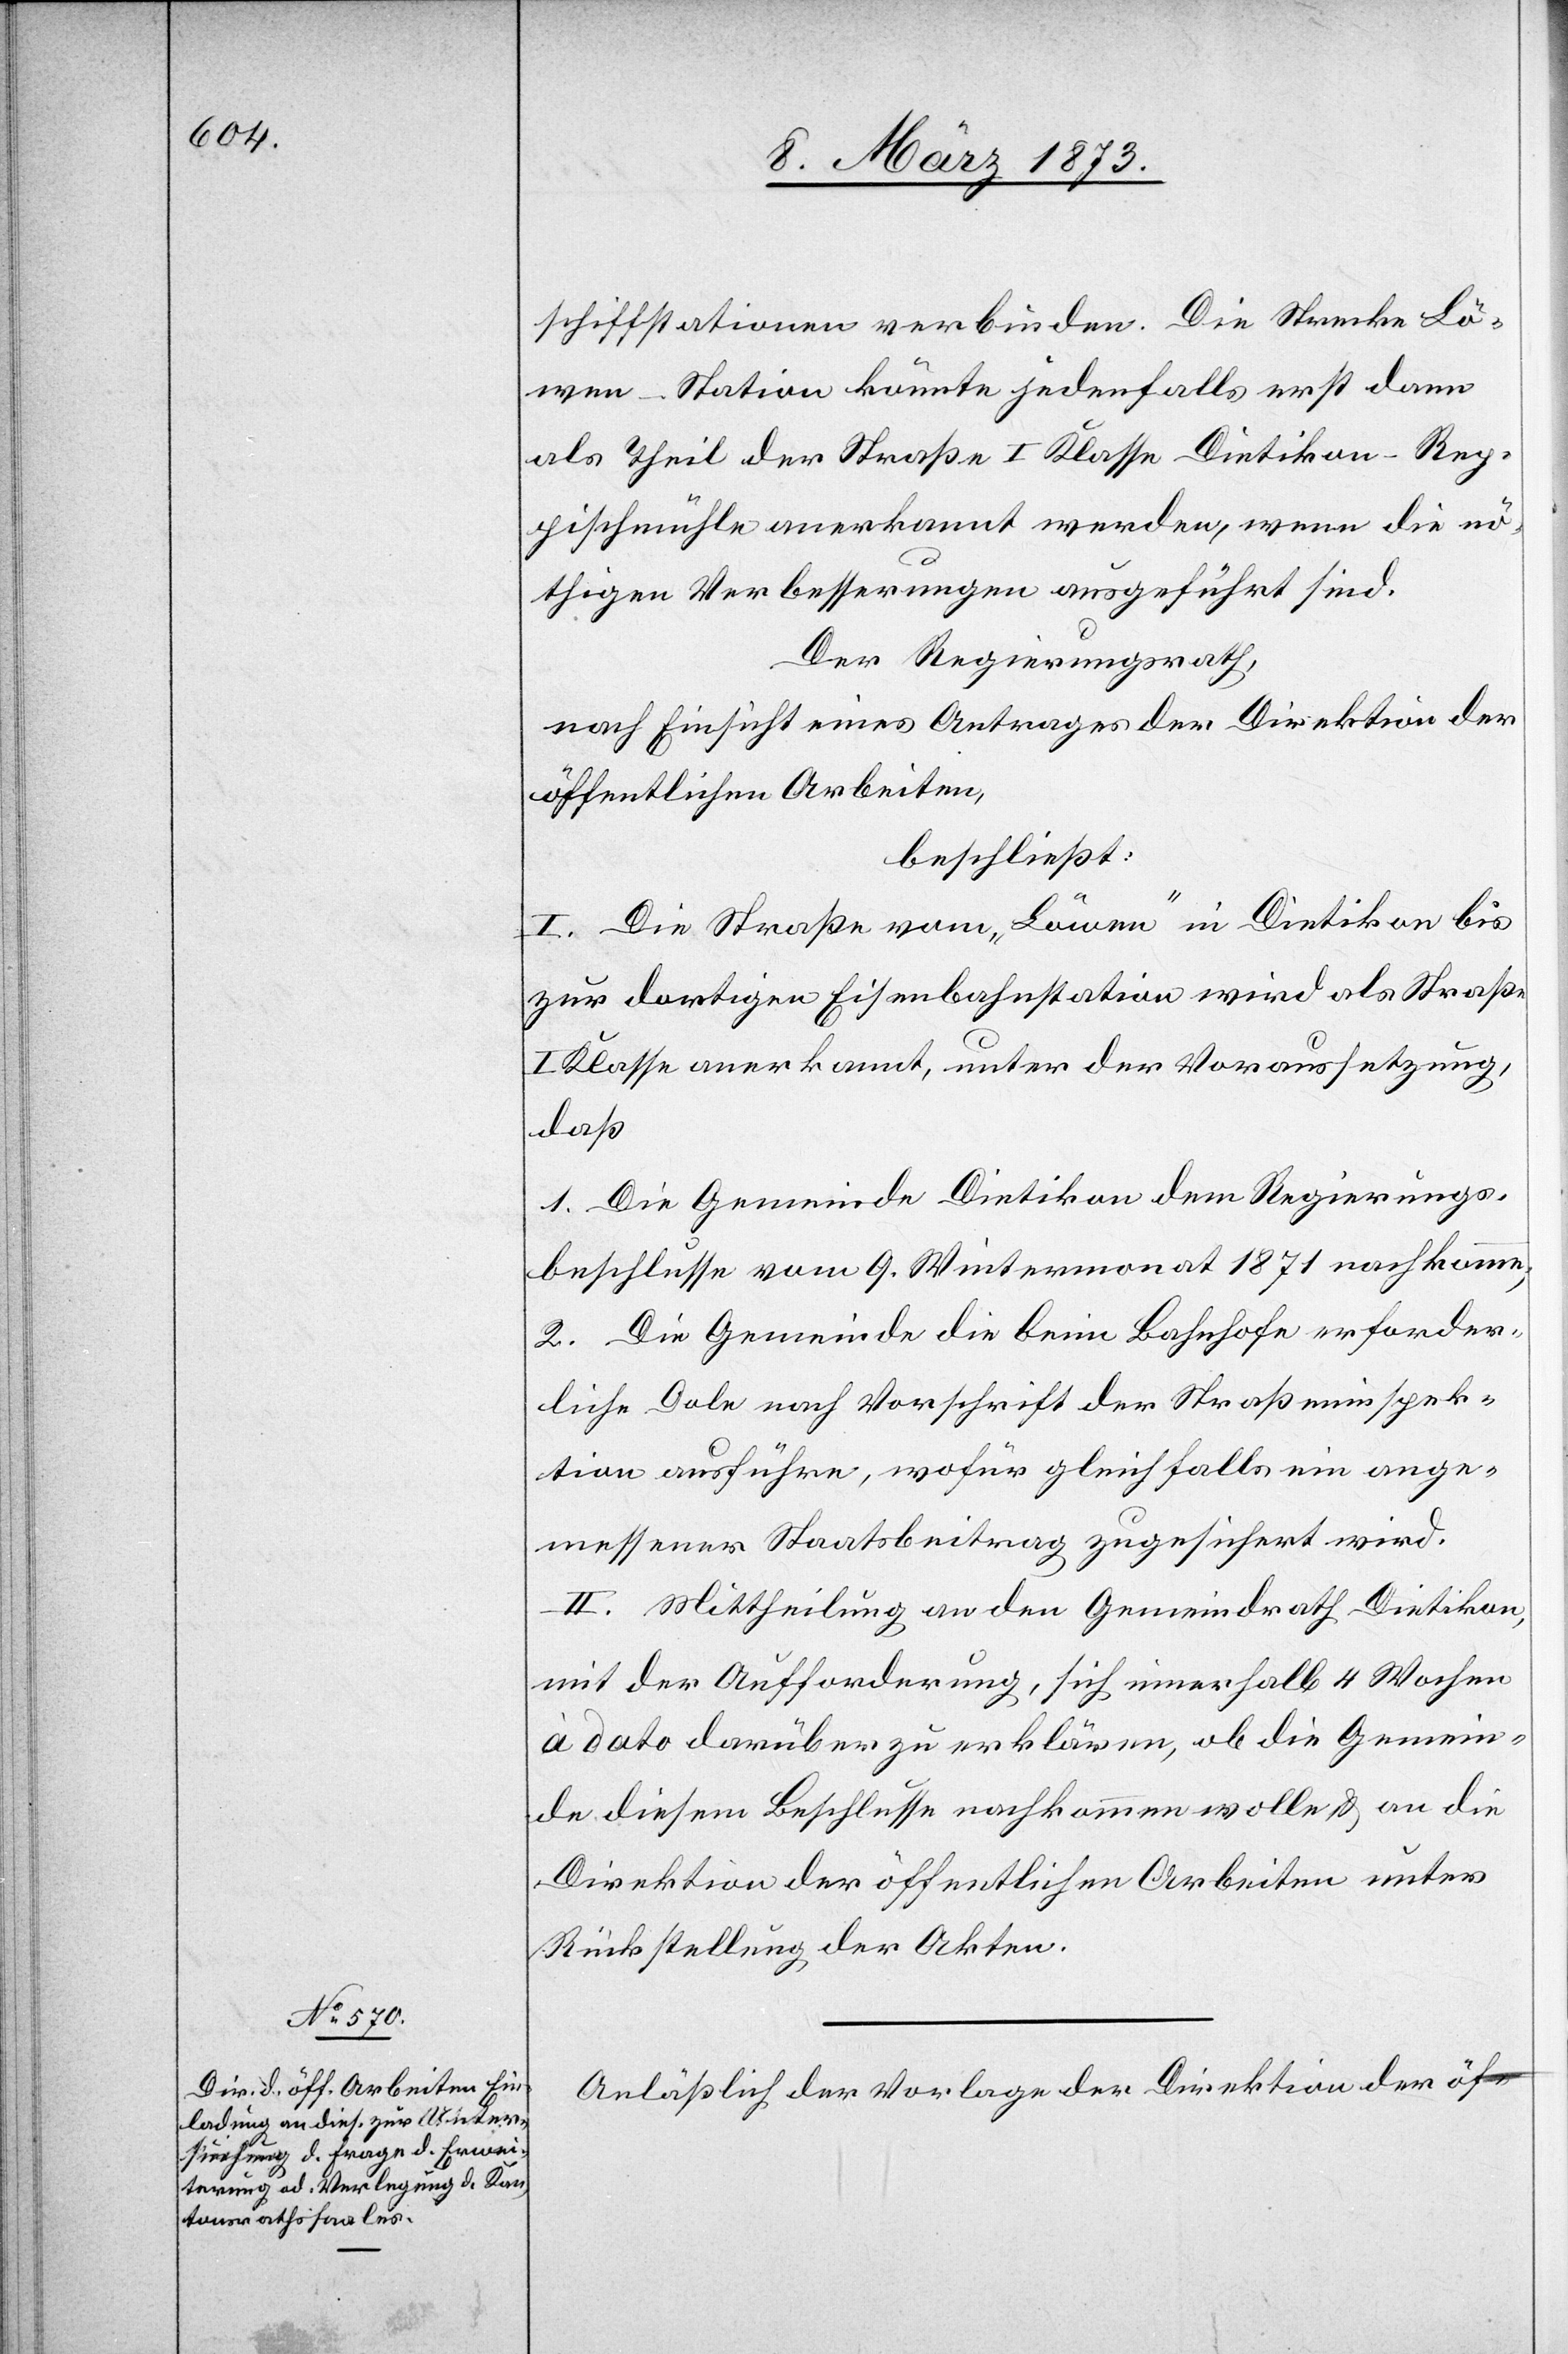
schiffstationen verbinden. Die Strecke Lö¬
wen–Station könnte jedenfalls erst dann
als Theil der Straße I Klasse Dietikon–Rep¬
pischmühle anerkannt werden, wenn die nö¬
thigen Verbesserungen ausgeführt sind.
Der Regierungsrath,
nach Einsicht eines Antrages der Direktion der
öffentlichen Arbeiten,
beschließt:
I. Die Straße vom „Löwen“ in Dietikon bis
zur dortigen Eisenbahnstation wird als Straße
I Klasse anerkannt, unter der Voraussetzung,
daß
1. Die Gemeinde Dietikon dem Regierungs¬
beschlusse vom 9. Wintermonat 1871 nachkomme;
2. Die Gemeinde die beim Bahnhofe erforder¬
liche Dole nach Vorschrift der Straßeninspek¬
tion ausführe, wofür gleichfalls ein ange¬
messener Staatsbeitrag zugesichert wird.
II. Mittheilung an den Gemeindrath Dietikon,
mit der Aufforderung, sich innerhalb 4 Wochen
à dato darüber zu erklären, ob die Gemein¬
de diesem Beschlusse nachkommen wolle u. an die
Direktion der öffentlichen Arbeiten unter
Rückstellung der Akten.
Anläßlich der Vorlage der Direktion der öf-